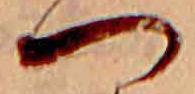
つ